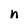
Character: n